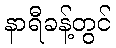
နာရီခန့်တွင်